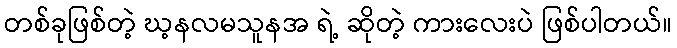
တစ်ခုဖြစ်တဲ့ ဃ့နလမသူနအ ရဲ့ ဆိုတဲ့ ကားလေးပဲ ဖြစ်ပါတယ်။